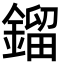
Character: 鎦